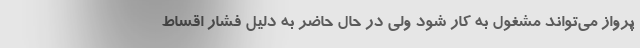
پرواز می‌تواند مشغول به کار شود ولی در حال حاضر به دلیل فشار اقساط